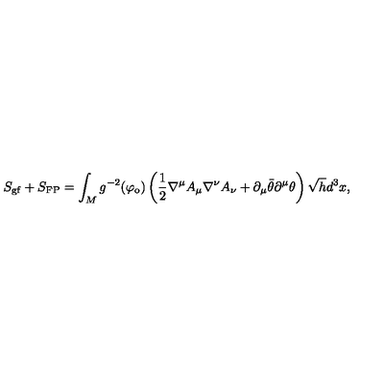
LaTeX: S _ { \mathrm { g f } } + S _ { \mathrm { F P } } = \int _ { M } g ^ { - 2 } ( \varphi _ { \mathrm { o } } ) \left( \frac { 1 } { 2 } \nabla ^ { \mu } A _ { \mu } \nabla ^ { \nu } A _ { \nu } + \partial _ { \mu } \bar { \theta } \partial ^ { \mu } \theta \right) \sqrt { h } d ^ { 3 } x ,